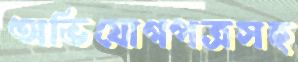
অভিযোগপত্রসহ